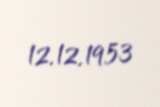
12.12.1953